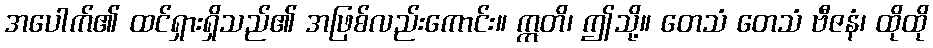
အပေါက်၏ ထင်ရှားရှိသည်၏ အဖြစ်လည်းကောင်း။ ဣတိ၊ ဤသို့။ တေသံ တေသံ ဗီဇနံ၊ ထိုထို